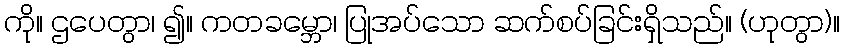
ကို။ ဌပေတွာ၊ ၍။ ကတခမ္ဘော၊ ပြုအပ်သော ဆက်စပ်ခြင်းရှိသည်။ (ဟုတွာ)။